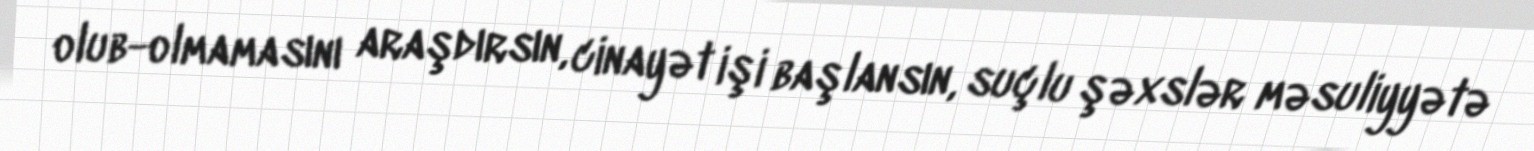
olub-olmamasını araşdırsın, cinayət işi başlansın, suçlu şəxslər məsuliyyətə